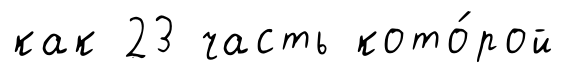
как 23 часть кото́рой